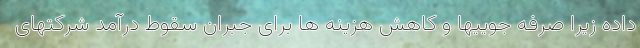
داده زیرا صرفه جوییها و کاهش هزینه ها برای جبران سقوط درآمد شرکتهای